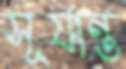
সূর্যান্ত